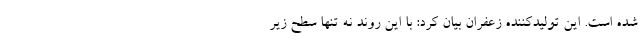
شده است. این تولیدکننده زعفران بیان کرد: با این روند نه تنها سطح زیر